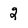
Character: 2